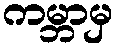
ကမ္ဘာမှ